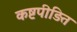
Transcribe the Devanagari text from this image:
कष्टपीड़ित